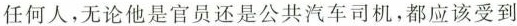
任何人，无论他是官员还是公共汽车司机，都应该受到